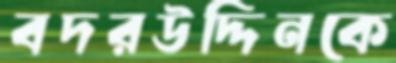
বদরউদ্দিনকে